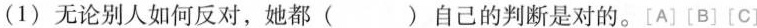
(1)无论别人如何反对，她都()自己的判断是对的。[A][B][C]